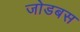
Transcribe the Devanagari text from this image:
जोडबस